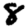
Digit: 8